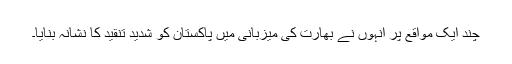
چند ایک مواقع پر انہوں نے بھارت کی میزبانی میں پاکستان کو شدید تنقید کا نشانہ بنایا۔